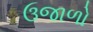
ઉજાળો